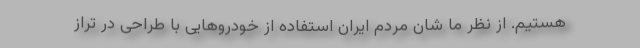
هستیم. از نظر ما شان مردم ایران استفاده از خودروهایی با طراحی در تراز